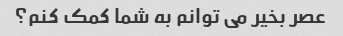
عصر بخیر می توانم به شما کمک کنم؟